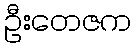
ဦးတေဇက